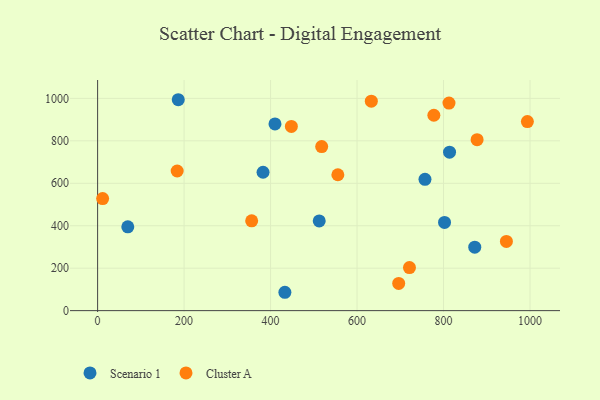
{"axis": {"x": "Price", "y": "Profit"}, "legend": ["Cluster A", "Scenario 1"], "data": [{"x": "433.1", "y": 86.5, "type": "Scenario 1"}, {"x": "410.2", "y": 879.6, "type": "Scenario 1"}, {"x": "69.8", "y": 395.0, "type": "Scenario 1"}, {"x": "802.3", "y": 415.5, "type": "Scenario 1"}, {"x": "757.1", "y": 618.6, "type": "Scenario 1"}, {"x": "186.5", "y": 993.7, "type": "Scenario 1"}, {"x": "872.2", "y": 299.2, "type": "Scenario 1"}, {"x": "813.9", "y": 746.4, "type": "Scenario 1"}, {"x": "512.5", "y": 422.7, "type": "Scenario 1"}, {"x": "382.6", "y": 652.1, "type": "Scenario 1"}, {"x": "877.6", "y": 805.4, "type": "Cluster A"}, {"x": "356.3", "y": 423.2, "type": "Cluster A"}, {"x": "11.6", "y": 528.2, "type": "Cluster A"}, {"x": "777.6", "y": 920.5, "type": "Cluster A"}, {"x": "184.0", "y": 657.8, "type": "Cluster A"}, {"x": "696.3", "y": 128.2, "type": "Cluster A"}, {"x": "993.9", "y": 890.8, "type": "Cluster A"}, {"x": "518.2", "y": 773.0, "type": "Cluster A"}, {"x": "721.2", "y": 202.7, "type": "Cluster A"}, {"x": "448.1", "y": 867.9, "type": "Cluster A"}, {"x": "812.6", "y": 978.0, "type": "Cluster A"}, {"x": "945.4", "y": 326.0, "type": "Cluster A"}, {"x": "633.0", "y": 987.0, "type": "Cluster A"}, {"x": "555.6", "y": 640.3, "type": "Cluster A"}]}